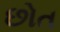
છોત